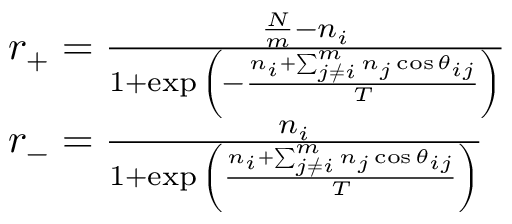
\begin{array} { l } { r _ { + } = \frac { \frac { N } { m } - n _ { i } } { 1 + \exp { \left( - \frac { n _ { i } + \sum _ { j \neq i } ^ { m } n _ { j } \cos { \theta _ { i j } } } { T } \right) } } } \\ { r _ { - } = \frac { n _ { i } } { 1 + \exp { \left( { \frac { n _ { i } + \sum _ { j \neq i } ^ { m } n _ { j } \cos { \theta _ { i j } } } { T } } \right) } } } \end{array}